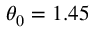
\theta _ { 0 } = 1 . 4 5